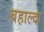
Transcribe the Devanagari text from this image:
बहाल्दा